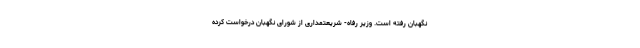
نگهبان رفته است. وزیر رفاه- شریعتمداری از شورای نگهبان درخواست کرده